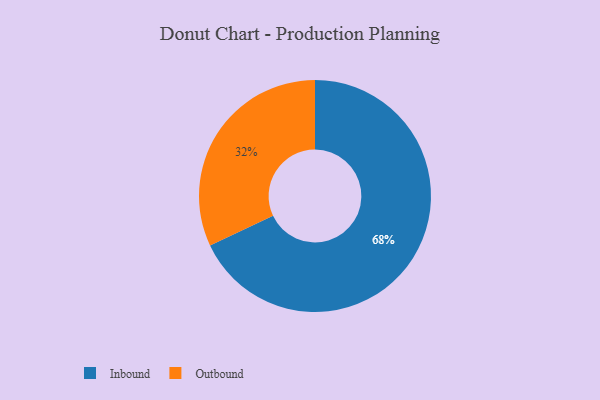
{"axis": {"x": "Category", "y": "Percentage"}, "legend": ["Inbound", "Outbound"], "data": [{"x": "Inbound", "y": 68, "type": "Inbound"}, {"x": "Outbound", "y": 32, "type": "Outbound"}]}